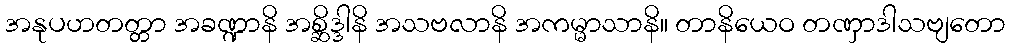
အနုပဟတတ္တာ အခဏ္ဍာနိ အစ္ဆိဒ္ဒါနိ အသဗလာနိ အကမ္မာသာနိ။ တာနိယေဝ တဏှာဒါသဗျတော